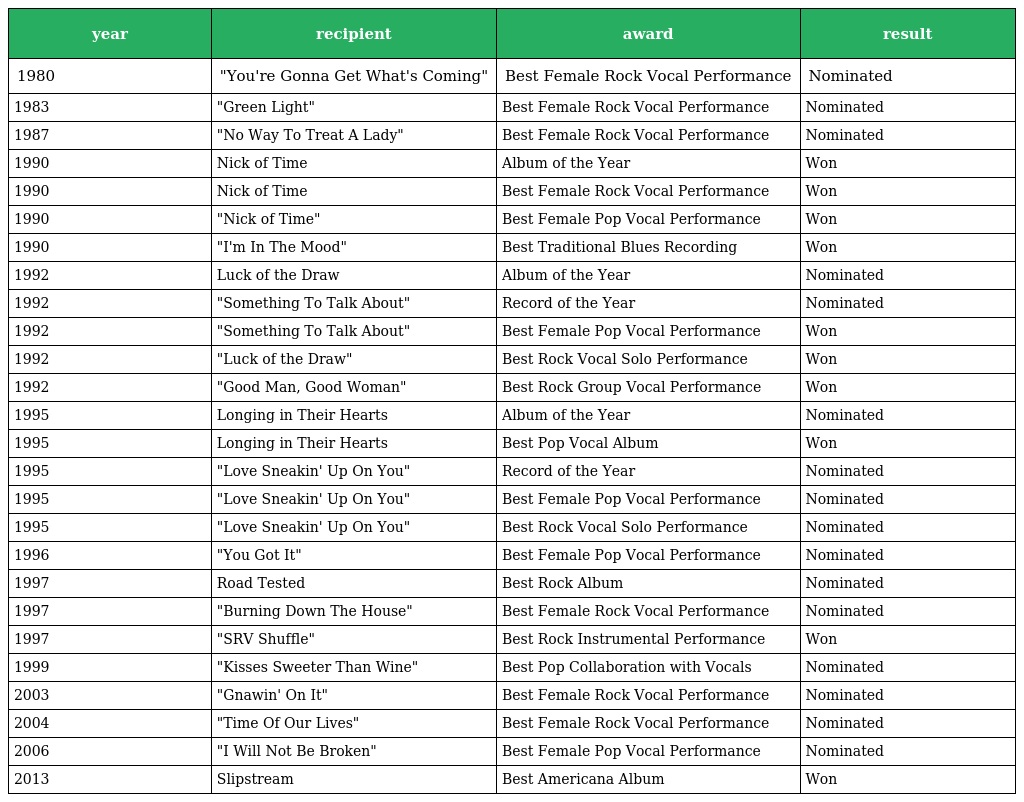
| year | recipient | award | result |
 | --- | --- | --- | --- |
 | 1980 | "You're Gonna Get What's Coming" | Best Female Rock Vocal Performance | Nominated |
 | 1983 | "Green Light" | Best Female Rock Vocal Performance | Nominated |
 | 1987 | "No Way To Treat A Lady" | Best Female Rock Vocal Performance | Nominated |
 | 1990 | Nick of Time | Album of the Year | Won |
 | 1990 | Nick of Time | Best Female Rock Vocal Performance | Won |
 | 1990 | "Nick of Time" | Best Female Pop Vocal Performance | Won |
 | 1990 | "I'm In The Mood" | Best Traditional Blues Recording | Won |
 | 1992 | Luck of the Draw | Album of the Year | Nominated |
 | 1992 | "Something To Talk About" | Record of the Year | Nominated |
 | 1992 | "Something To Talk About" | Best Female Pop Vocal Performance | Won |
 | 1992 | "Luck of the Draw" | Best Rock Vocal Solo Performance | Won |
 | 1992 | "Good Man, Good Woman" | Best Rock Group Vocal Performance | Won |
 | 1995 | Longing in Their Hearts | Album of the Year | Nominated |
 | 1995 | Longing in Their Hearts | Best Pop Vocal Album | Won |
 | 1995 | "Love Sneakin' Up On You" | Record of the Year | Nominated |
 | 1995 | "Love Sneakin' Up On You" | Best Female Pop Vocal Performance | Nominated |
 | 1995 | "Love Sneakin' Up On You" | Best Rock Vocal Solo Performance | Nominated |
 | 1996 | "You Got It" | Best Female Pop Vocal Performance | Nominated |
 | 1997 | Road Tested | Best Rock Album | Nominated |
 | 1997 | "Burning Down The House" | Best Female Rock Vocal Performance | Nominated |
 | 1997 | "SRV Shuffle" | Best Rock Instrumental Performance | Won |
 | 1999 | "Kisses Sweeter Than Wine" | Best Pop Collaboration with Vocals | Nominated |
 | 2003 | "Gnawin' On It" | Best Female Rock Vocal Performance | Nominated |
 | 2004 | "Time Of Our Lives" | Best Female Rock Vocal Performance | Nominated |
 | 2006 | "I Will Not Be Broken" | Best Female Pop Vocal Performance | Nominated |
 | 2013 | Slipstream | Best Americana Album | Won |